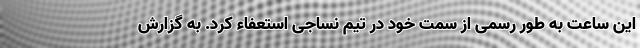
این ساعت به طور رسمی از سمت خود در تیم نساجی استعفاء کرد. به گزارش